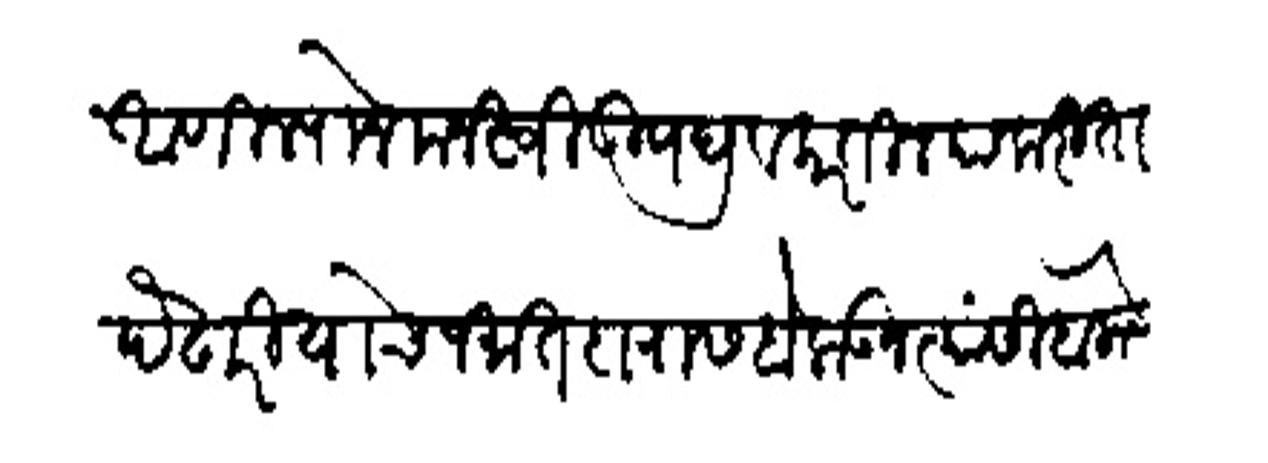
Transliteration (Devanagari): आणिल्यानें मनस्बो उपद्रव करतील याकरिता पेंढारी याचे जमातदारास बोलाऊन त्यांसी बोलावे